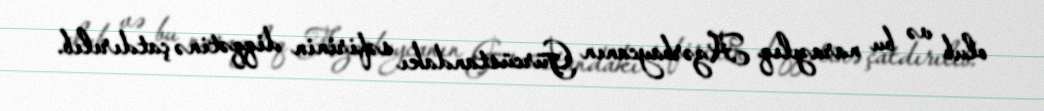
olub və bu narazılıq Azərbaycanın Gürcüstandakı səfirinin diqqətinə çatdırılıb.